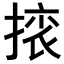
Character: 𢰜